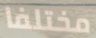
مختلفا